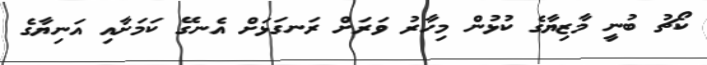
ކޯޗު ބުނީ މާޒިޔާގެ ކުޅުން މިހާރު ވަރަށް ރަނގަޅަށް އެނގޭ ކަމަށާއި އަނިޔާގެ